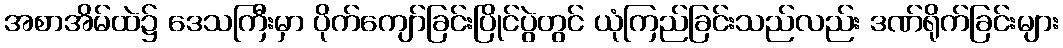
အစာအိမ်ထဲ၌ ဒေသကြီးမှာ ပိုက်ကျော်ခြင်းပြိုင်ပွဲတွင် ယုံကြည်ခြင်းသည်လည်း ဒဏ်ရိုက်ခြင်းများ